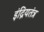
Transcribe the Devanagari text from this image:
इंद्रियतंत्र